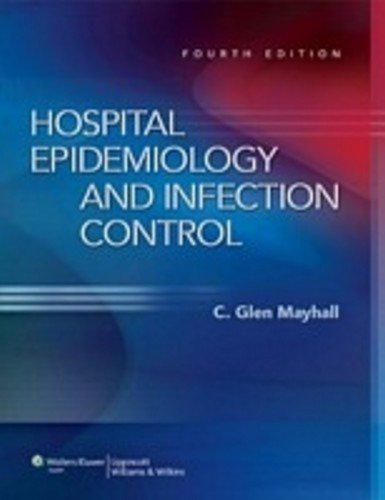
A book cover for Hospital Epidemiology and Infection Control (HOSPITAL EPIDEMIOLOGY & INFECTION CONTROL (MAYHALL)); Medical Books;